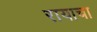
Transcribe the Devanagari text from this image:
रायाचा